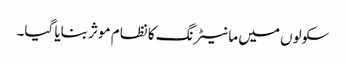
سکولوں میں مانیٹرنگ کا نظام موثر بنایا گیا۔